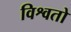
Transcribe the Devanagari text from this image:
विश्वतो